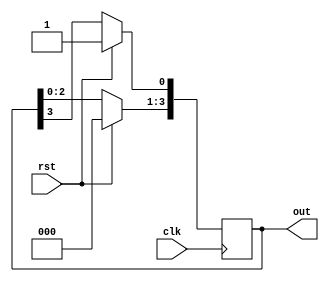
//////////////////////////////////////////////////////////////////////////////////
// Design: Ring Counter
//////////////////////////////////////////////////////////////////////////////////
`timescale 1ns / 1ps

module ring_counter(clk, rst, out);

    parameter N = 4;
    
    input  wire clk;
    input  wire rst;
    output reg  [N-1:0] out;
    
    always@(posedge clk)
        begin
            if(rst==1) begin
                out <= 1;
            end else begin
                out[0]<=out[N-1];
                out[N-1:1]<=out[N-2:0];
            end
            
        end
   
endmodule